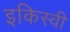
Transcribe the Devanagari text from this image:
इकिस्वी